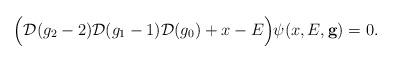
LaTeX: \begin{align*}\Bigl({\cal D}(g_2-2) {\cal D}(g_1-1){\cal D}(g_0) +x-E\Bigr) \psi(x,E, {\bf g})=0.\end{align*}